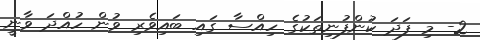
2- މި ފަދަ ކުންފުނިތަކުގެ ހިއްސާ ގައި ބައިވެރި ވުން ހުއްދަ ވާނީ